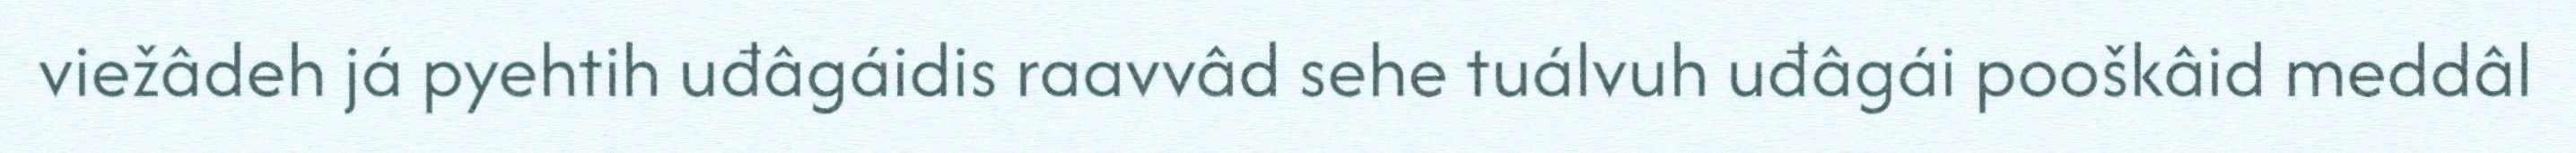
viežâdeh já pyehtih uđâgáidis raavvâd sehe tuálvuh uđâgái pooškâid meddâl